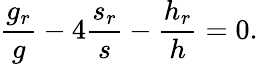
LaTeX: \frac{g_{r}}{g}-4\frac{s_{r}}{s}-\frac{h_{r}}{h}=0.